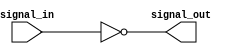
module open_drain_inverter (
    input signal_in,
    output signal_out
);

assign signal_out = ~signal_in;

endmodule